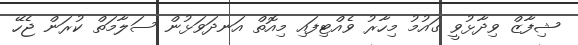
ޝިފާޒް ވިދާޅުވީ ގައުމު މިހާރު ވެއްޓިފައި މިއޮތް އަނދަވަޅުން ސަލާމަތް ކުރަން ޖެހޭ